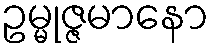
ဥမ္မုဇ္ဇမာနော